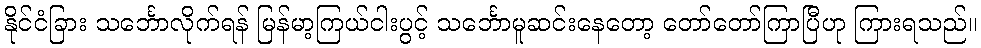
နိုင်ငံခြား သင်္ဘောလိုက်ရန် မြန်မာ့ကြယ်ငါးပွင့် သင်္ဘောမူဆင်းနေတော့ တော်တော်ကြာပြီဟု ကြားရသည်။